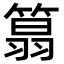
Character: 䈳